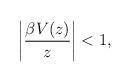
LaTeX: \begin{align*}\bigg\vert \frac{\beta V(z)}{z} \bigg\vert < 1,\end{align*}